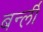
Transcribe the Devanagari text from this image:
बर्न्ली